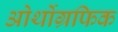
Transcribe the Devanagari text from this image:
ओर्थोग्रफिक